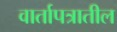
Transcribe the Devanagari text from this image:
वार्तापत्रातील